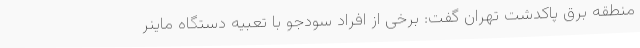
منطقه برق پاکدشت تهران گفت: برخی از افراد سودجو با تعبیه دستگاه ماینر